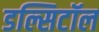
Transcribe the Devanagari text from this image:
डल्सिटॉल